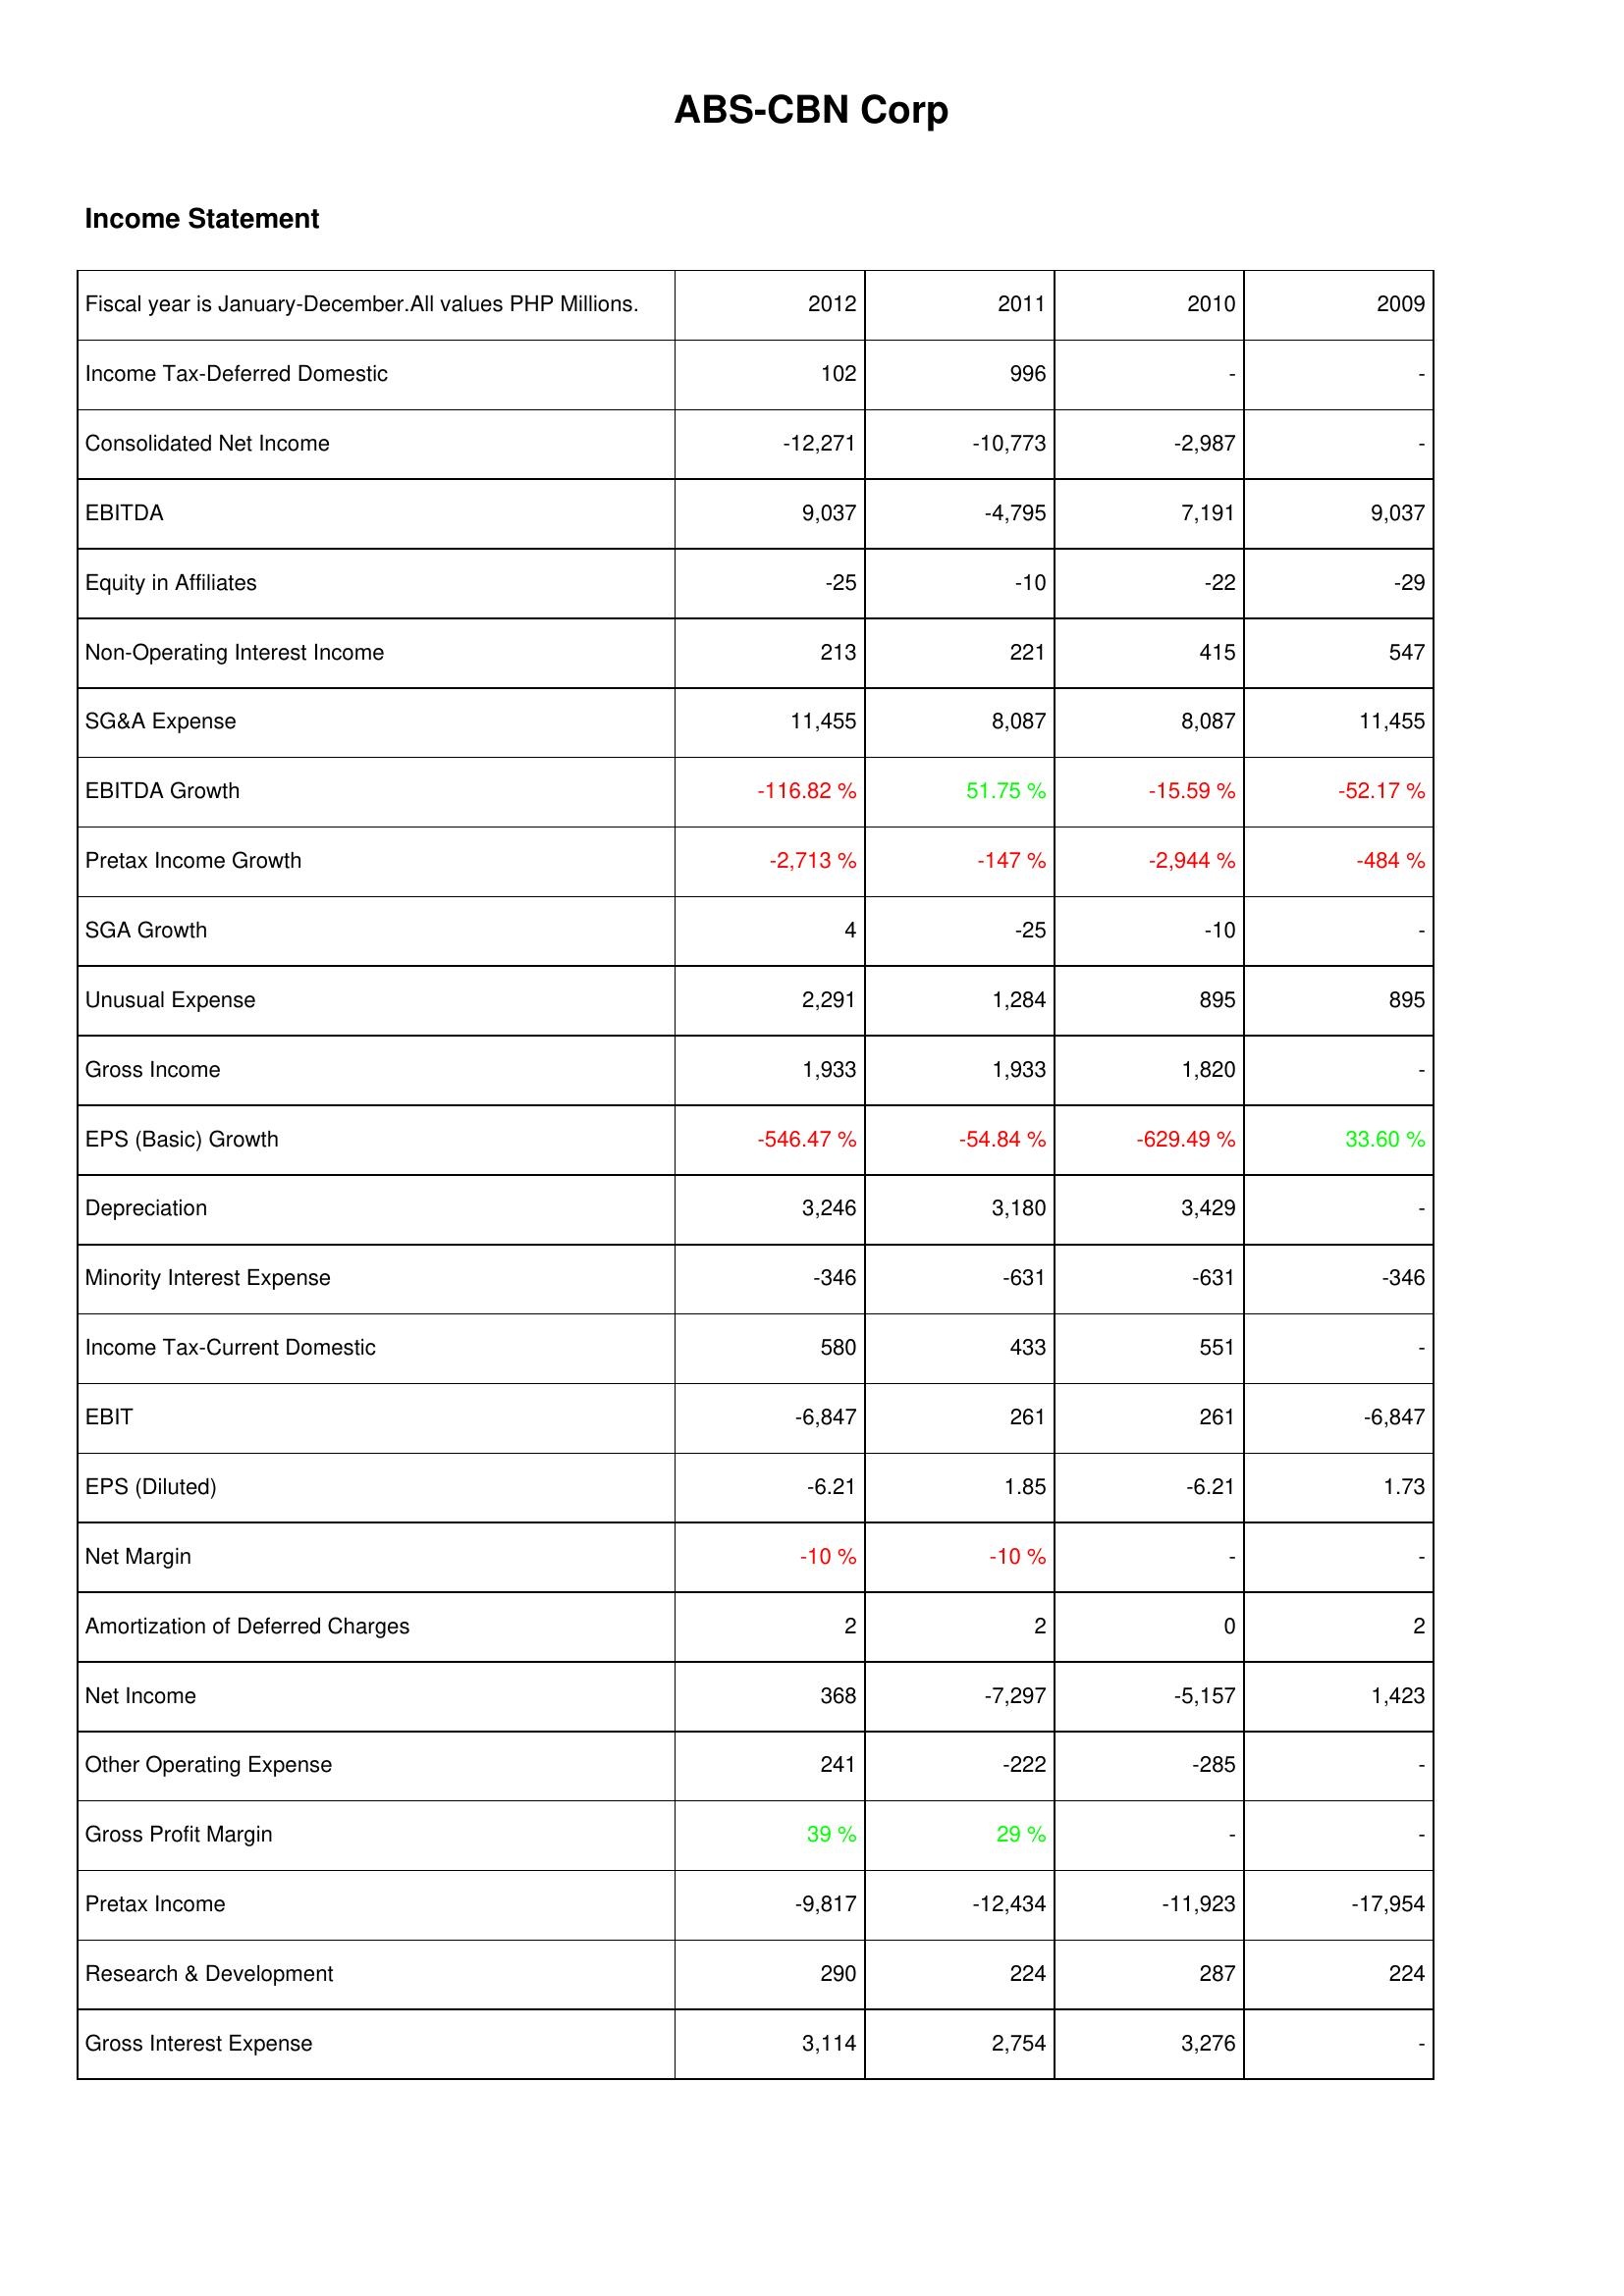
2012: Income Statement: Income Tax-Deferred Domestic: 102
Consolidated Net Income: -12,271
EBITDA: 9,037
Equity in Affiliates: -25
Non-Operating Interest Income: 213
SG&A Expense: 11,455
EBITDA Growth: -116.82 %
Pretax Income Growth: -2,713 %
SGA Growth: 4
Unusual Expense: 2,291
Gross Income: 1,933
EPS (Basic) Growth: -546.47 %
Depreciation: 3,246
Minority Interest Expense: -346
Income Tax-Current Domestic: 580
EBIT: -6,847
EPS (Diluted): -6.21
Net Margin: -10 %
Amortization of Deferred Charges: 2
Net Income: 368
Other Operating Expense: 241
Gross Profit Margin: 39 %
Pretax Income: -9,817
Research & Development: 290
Gross Interest Expense: 3,114
2011: Income Statement: Income Tax-Deferred Domestic: 996
Consolidated Net Income: -10,773
EBITDA: -4,795
Equity in Affiliates: -10
Non-Operating Interest Income: 221
SG&A Expense: 8,087
EBITDA Growth: 51.75 %
Pretax Income Growth: -147 %
SGA Growth: -25
Unusual Expense: 1,284
Gross Income: 1,933
EPS (Basic) Growth: -54.84 %
Depreciation: 3,180
Minority Interest Expense: -631
Income Tax-Current Domestic: 433
EBIT: 261
EPS (Diluted): 1.85
Net Margin: -10 %
Amortization of Deferred Charges: 2
Net Income: -7,297
Other Operating Expense: -222
Gross Profit Margin: 29 %
Pretax Income: -12,434
Research & Development: 224
Gross Interest Expense: 2,754
2010: Income Statement: Income Tax-Deferred Domestic: -
Consolidated Net Income: -2,987
EBITDA: 7,191
Equity in Affiliates: -22
Non-Operating Interest Income: 415
SG&A Expense: 8,087
EBITDA Growth: -15.59 %
Pretax Income Growth: -2,944 %
SGA Growth: -10
Unusual Expense: 895
Gross Income: 1,820
EPS (Basic) Growth: -629.49 %
Depreciation: 3,429
Minority Interest Expense: -631
Income Tax-Current Domestic: 551
EBIT: 261
EPS (Diluted): -6.21
Net Margin: -
Amortization of Deferred Charges: 0
Net Income: -5,157
Other Operating Expense: -285
Gross Profit Margin: -
Pretax Income: -11,923
Research & Development: 287
Gross Interest Expense: 3,276
2009: Income Statement: Income Tax-Deferred Domestic: -
Consolidated Net Income: -
EBITDA: 9,037
Equity in Affiliates: -29
Non-Operating Interest Income: 547
SG&A Expense: 11,455
EBITDA Growth: -52.17 %
Pretax Income Growth: -484 %
SGA Growth: -
Unusual Expense: 895
Gross Income: -
EPS (Basic) Growth: 33.60 %
Depreciation: -
Minority Interest Expense: -346
Income Tax-Current Domestic: -
EBIT: -6,847
EPS (Diluted): 1.73
Net Margin: -
Amortization of Deferred Charges: 2
Net Income: 1,423
Other Operating Expense: -
Gross Profit Margin: -
Pretax Income: -17,954
Research & Development: 224
Gross Interest Expense: -